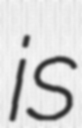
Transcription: is